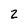
Character: Z